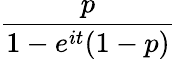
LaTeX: \! \, {\frac{p}{1-e^{it}(1-p)}}